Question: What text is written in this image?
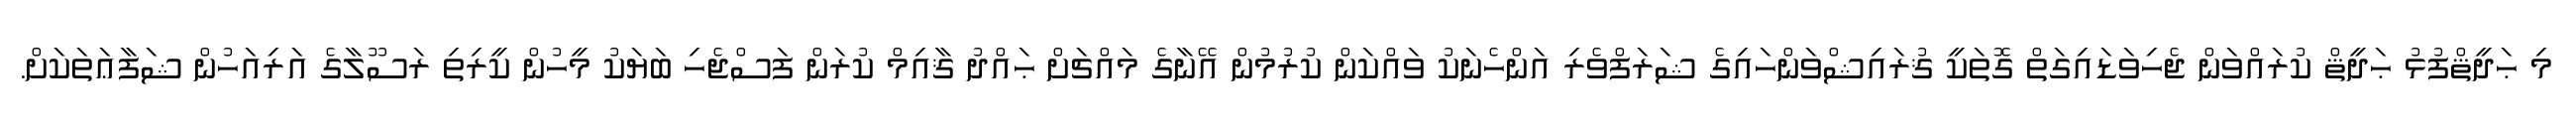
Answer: މި ޙަދީޘްފުޅު ޙަދީޘް ކުރައްވަން ޖެހިވަޑައިގަތް ގޮތަކީ ޤުރައިޝްވަންހައިގެ ޝަރަފްވެރި އަންހެނަކު ވައްކަން ކުރުމުން އޭނާގެ މައްޗަށް ޙައްދު ޤާއިމް ކުރަން ފަސްޖެހި ބަޔަކު މީހުން ކީރިތި ރަސޫލާގެ އަރިއަހުން ޝަފާޢަތަކަށް.